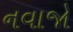
નવાજો